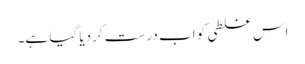
اس غلطی کو اب درست کر دیا گیا ہے۔